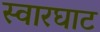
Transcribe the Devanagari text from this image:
स्‍वारघाट